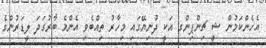
އެހެންކަމުން ޝީ ޗިންޕިންގ އަކީ ދުނިޔޭގައި މިހާރު ތިއްބެވި އެންމެ ބާރުގަދަ ލީޑަރުންގެ